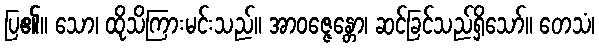
ပြ၏။ သော၊ ထိုသိကြားမင်းသည်။ အာဝဇ္ဇေန္တော၊ ဆင်ခြင်သည်ရှိသော်။ တေသံ၊